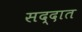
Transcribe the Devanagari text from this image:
सद्दात